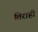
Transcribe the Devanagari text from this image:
तिराही